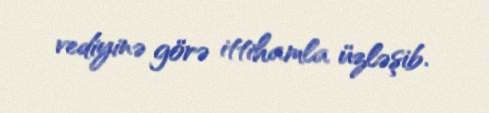
vediyinə görə ittihamla üzləşib.